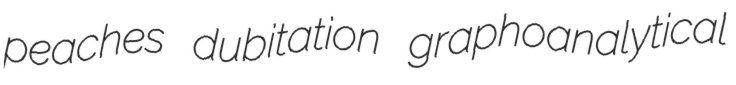
peaches dubitation graphoanalytical